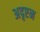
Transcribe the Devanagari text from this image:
अदृएन